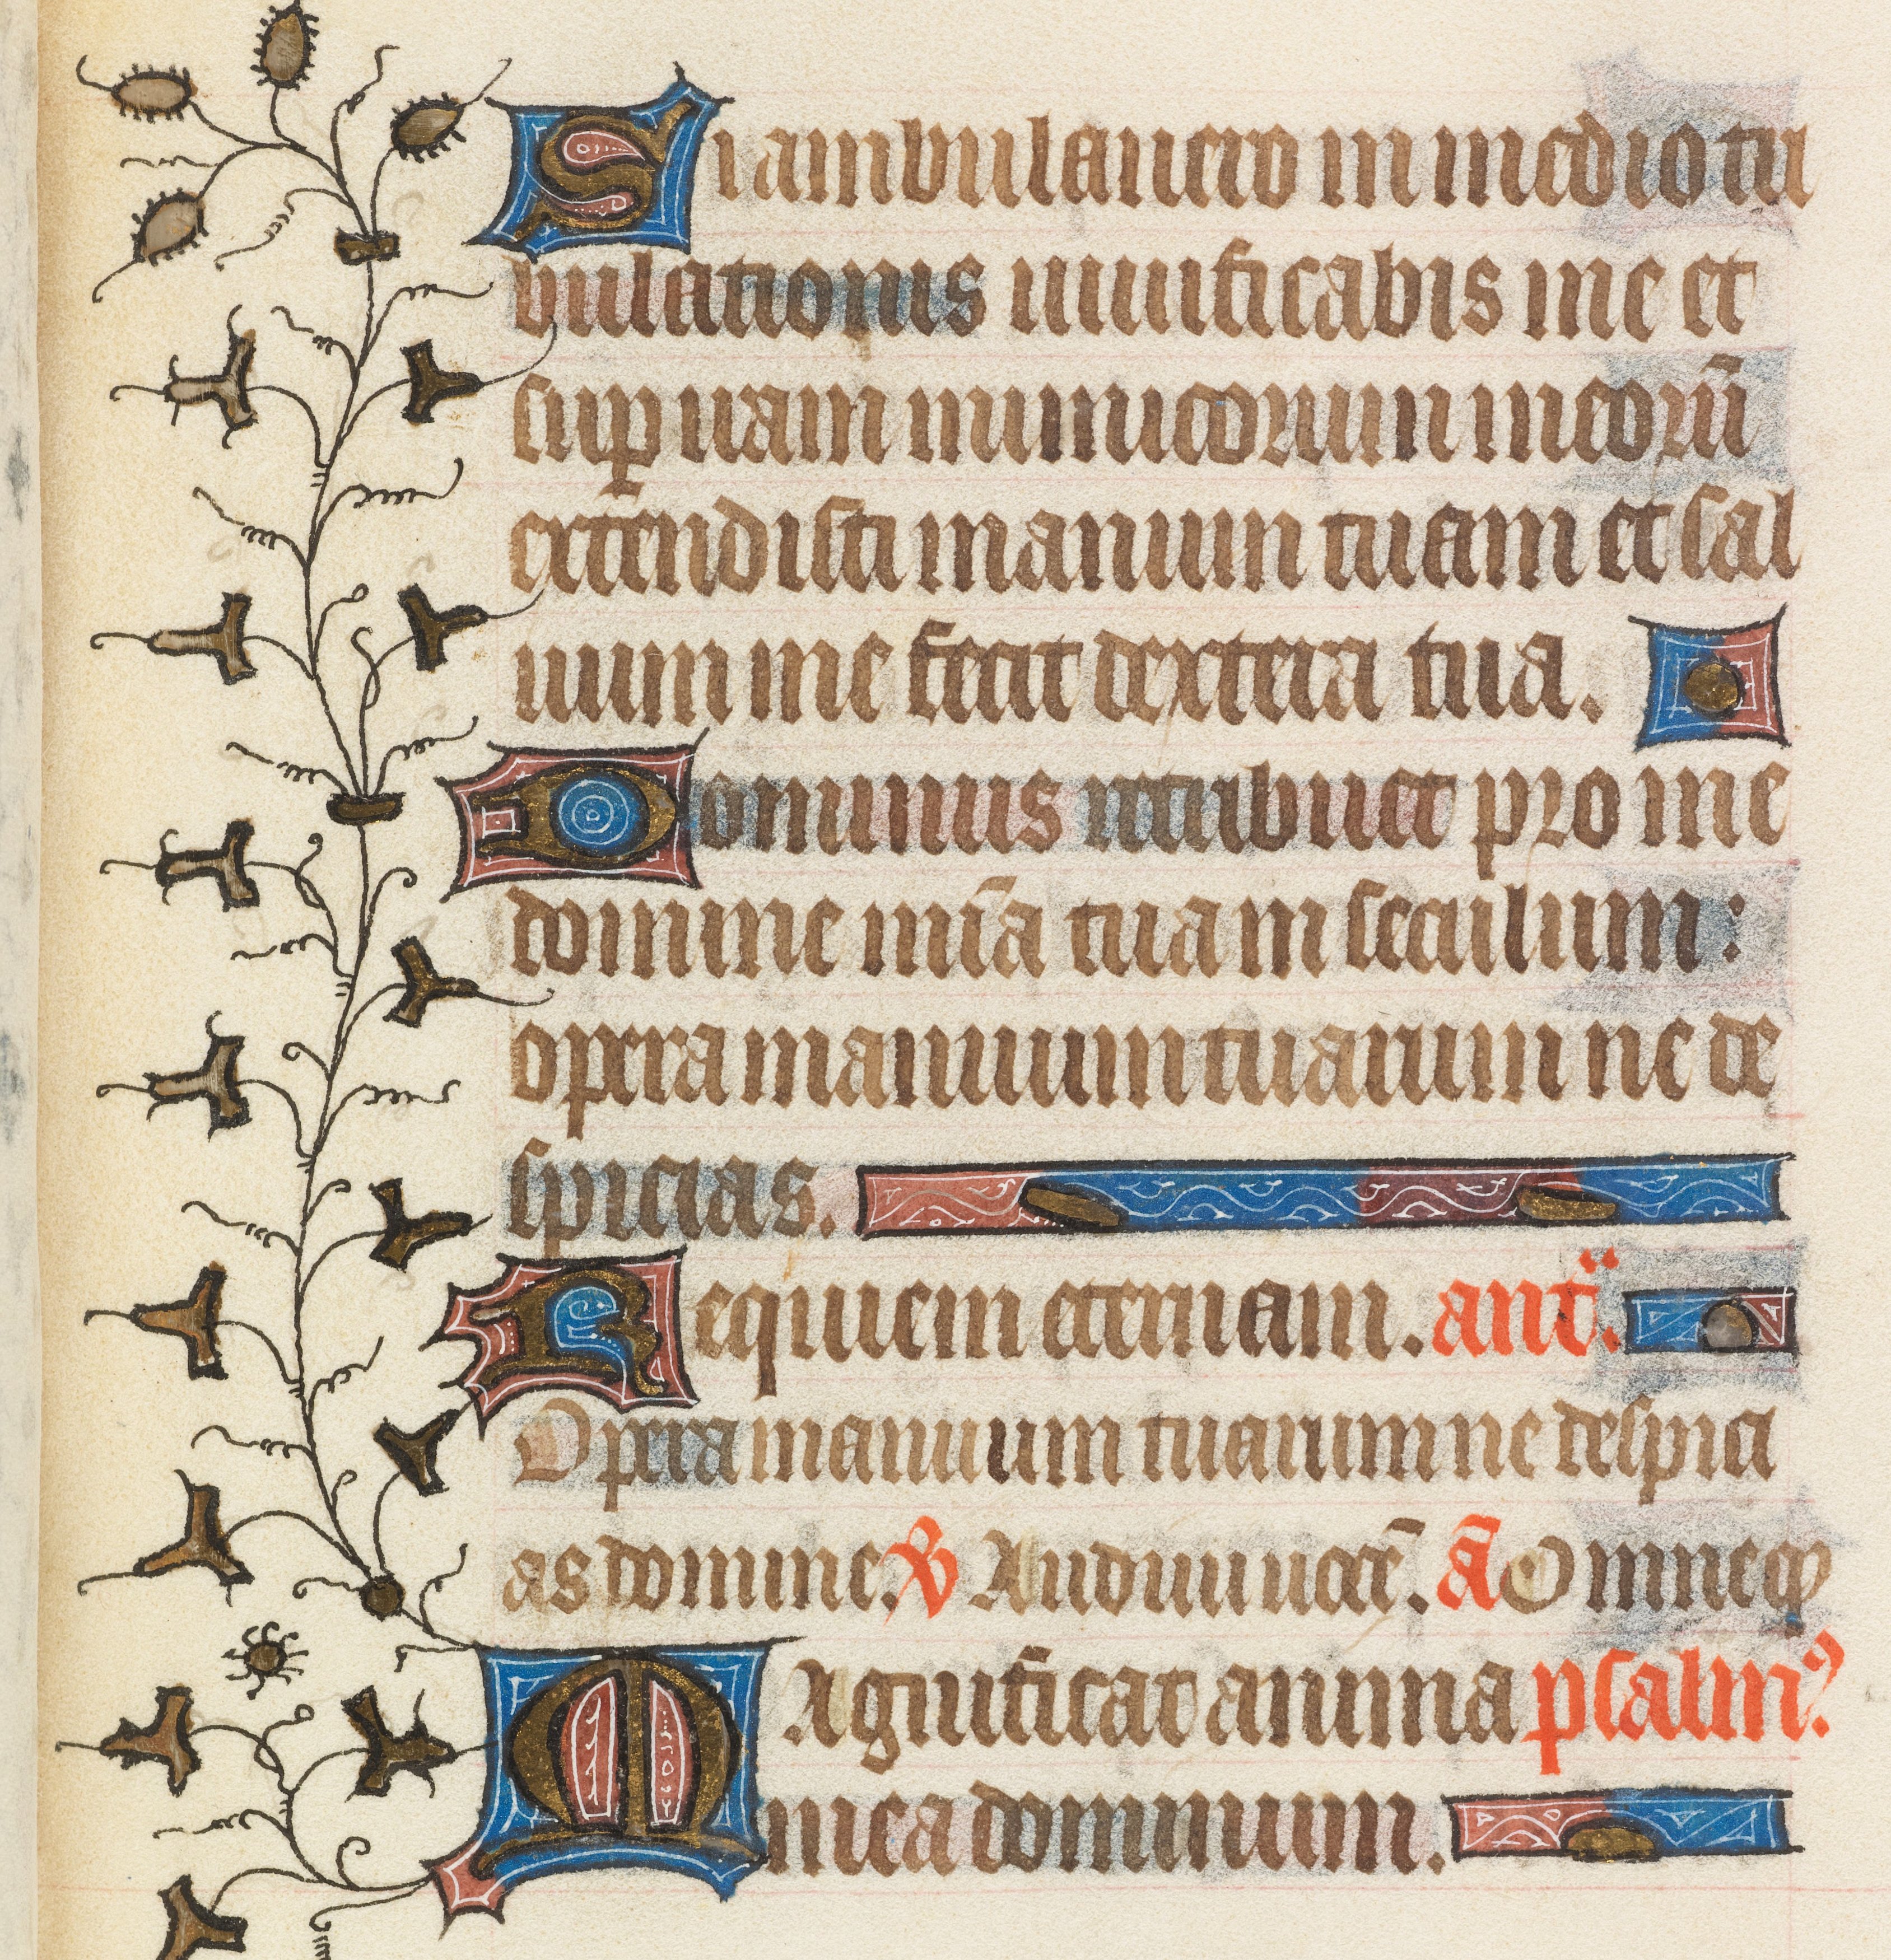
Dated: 1408–1410